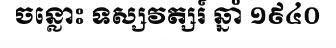
ចន្លោះ ទស្សវត្សរ៍ ឆ្នាំ ១៩៤០